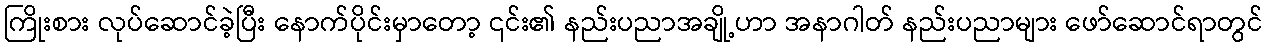
ကြိုးစား လုပ်ဆောင်ခဲ့ပြီး နောက်ပိုင်းမှာတော့ ၎င်း၏ နည်းပညာအချို့ဟာ အနာဂါတ် နည်းပညာများ ဖော်ဆောင်ရာတွင်